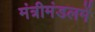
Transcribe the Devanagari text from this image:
मंत्रीमंडलमें